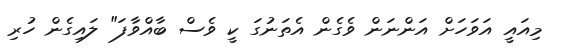
މިއައީ އަވަހަށް އަންނަން ވެގެން އެތަނުގަ ކީ ވެސް ބާއްވާފަ" ލައިގެން ހުރި